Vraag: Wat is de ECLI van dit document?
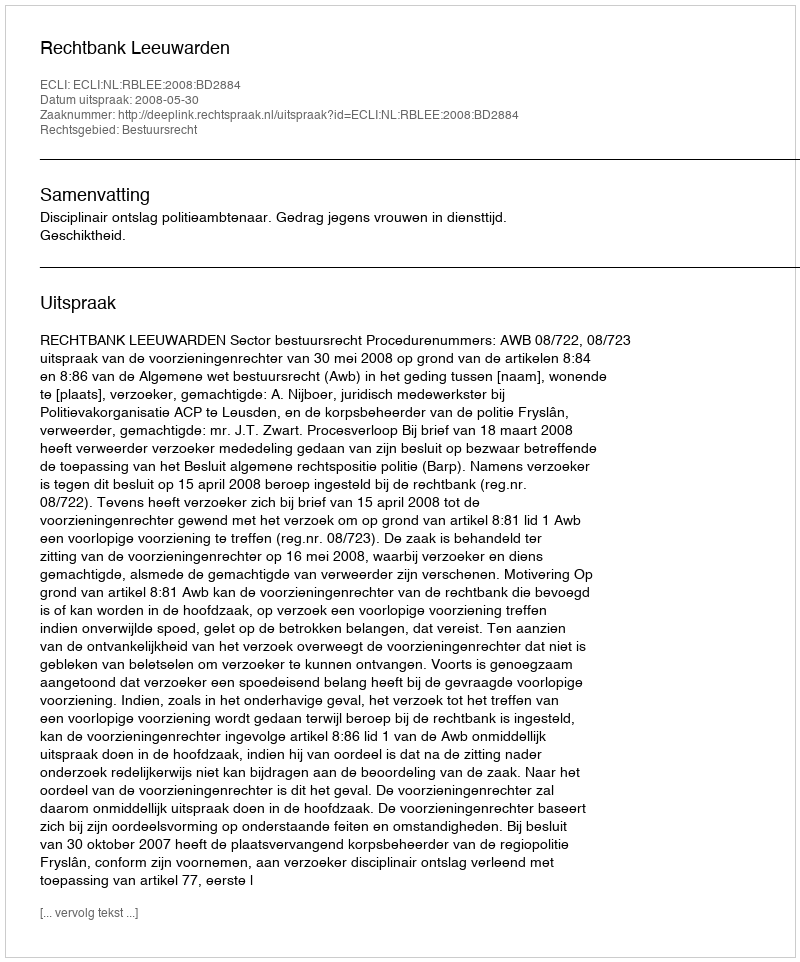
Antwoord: ECLI:NL:RBLEE:2008:BD2884